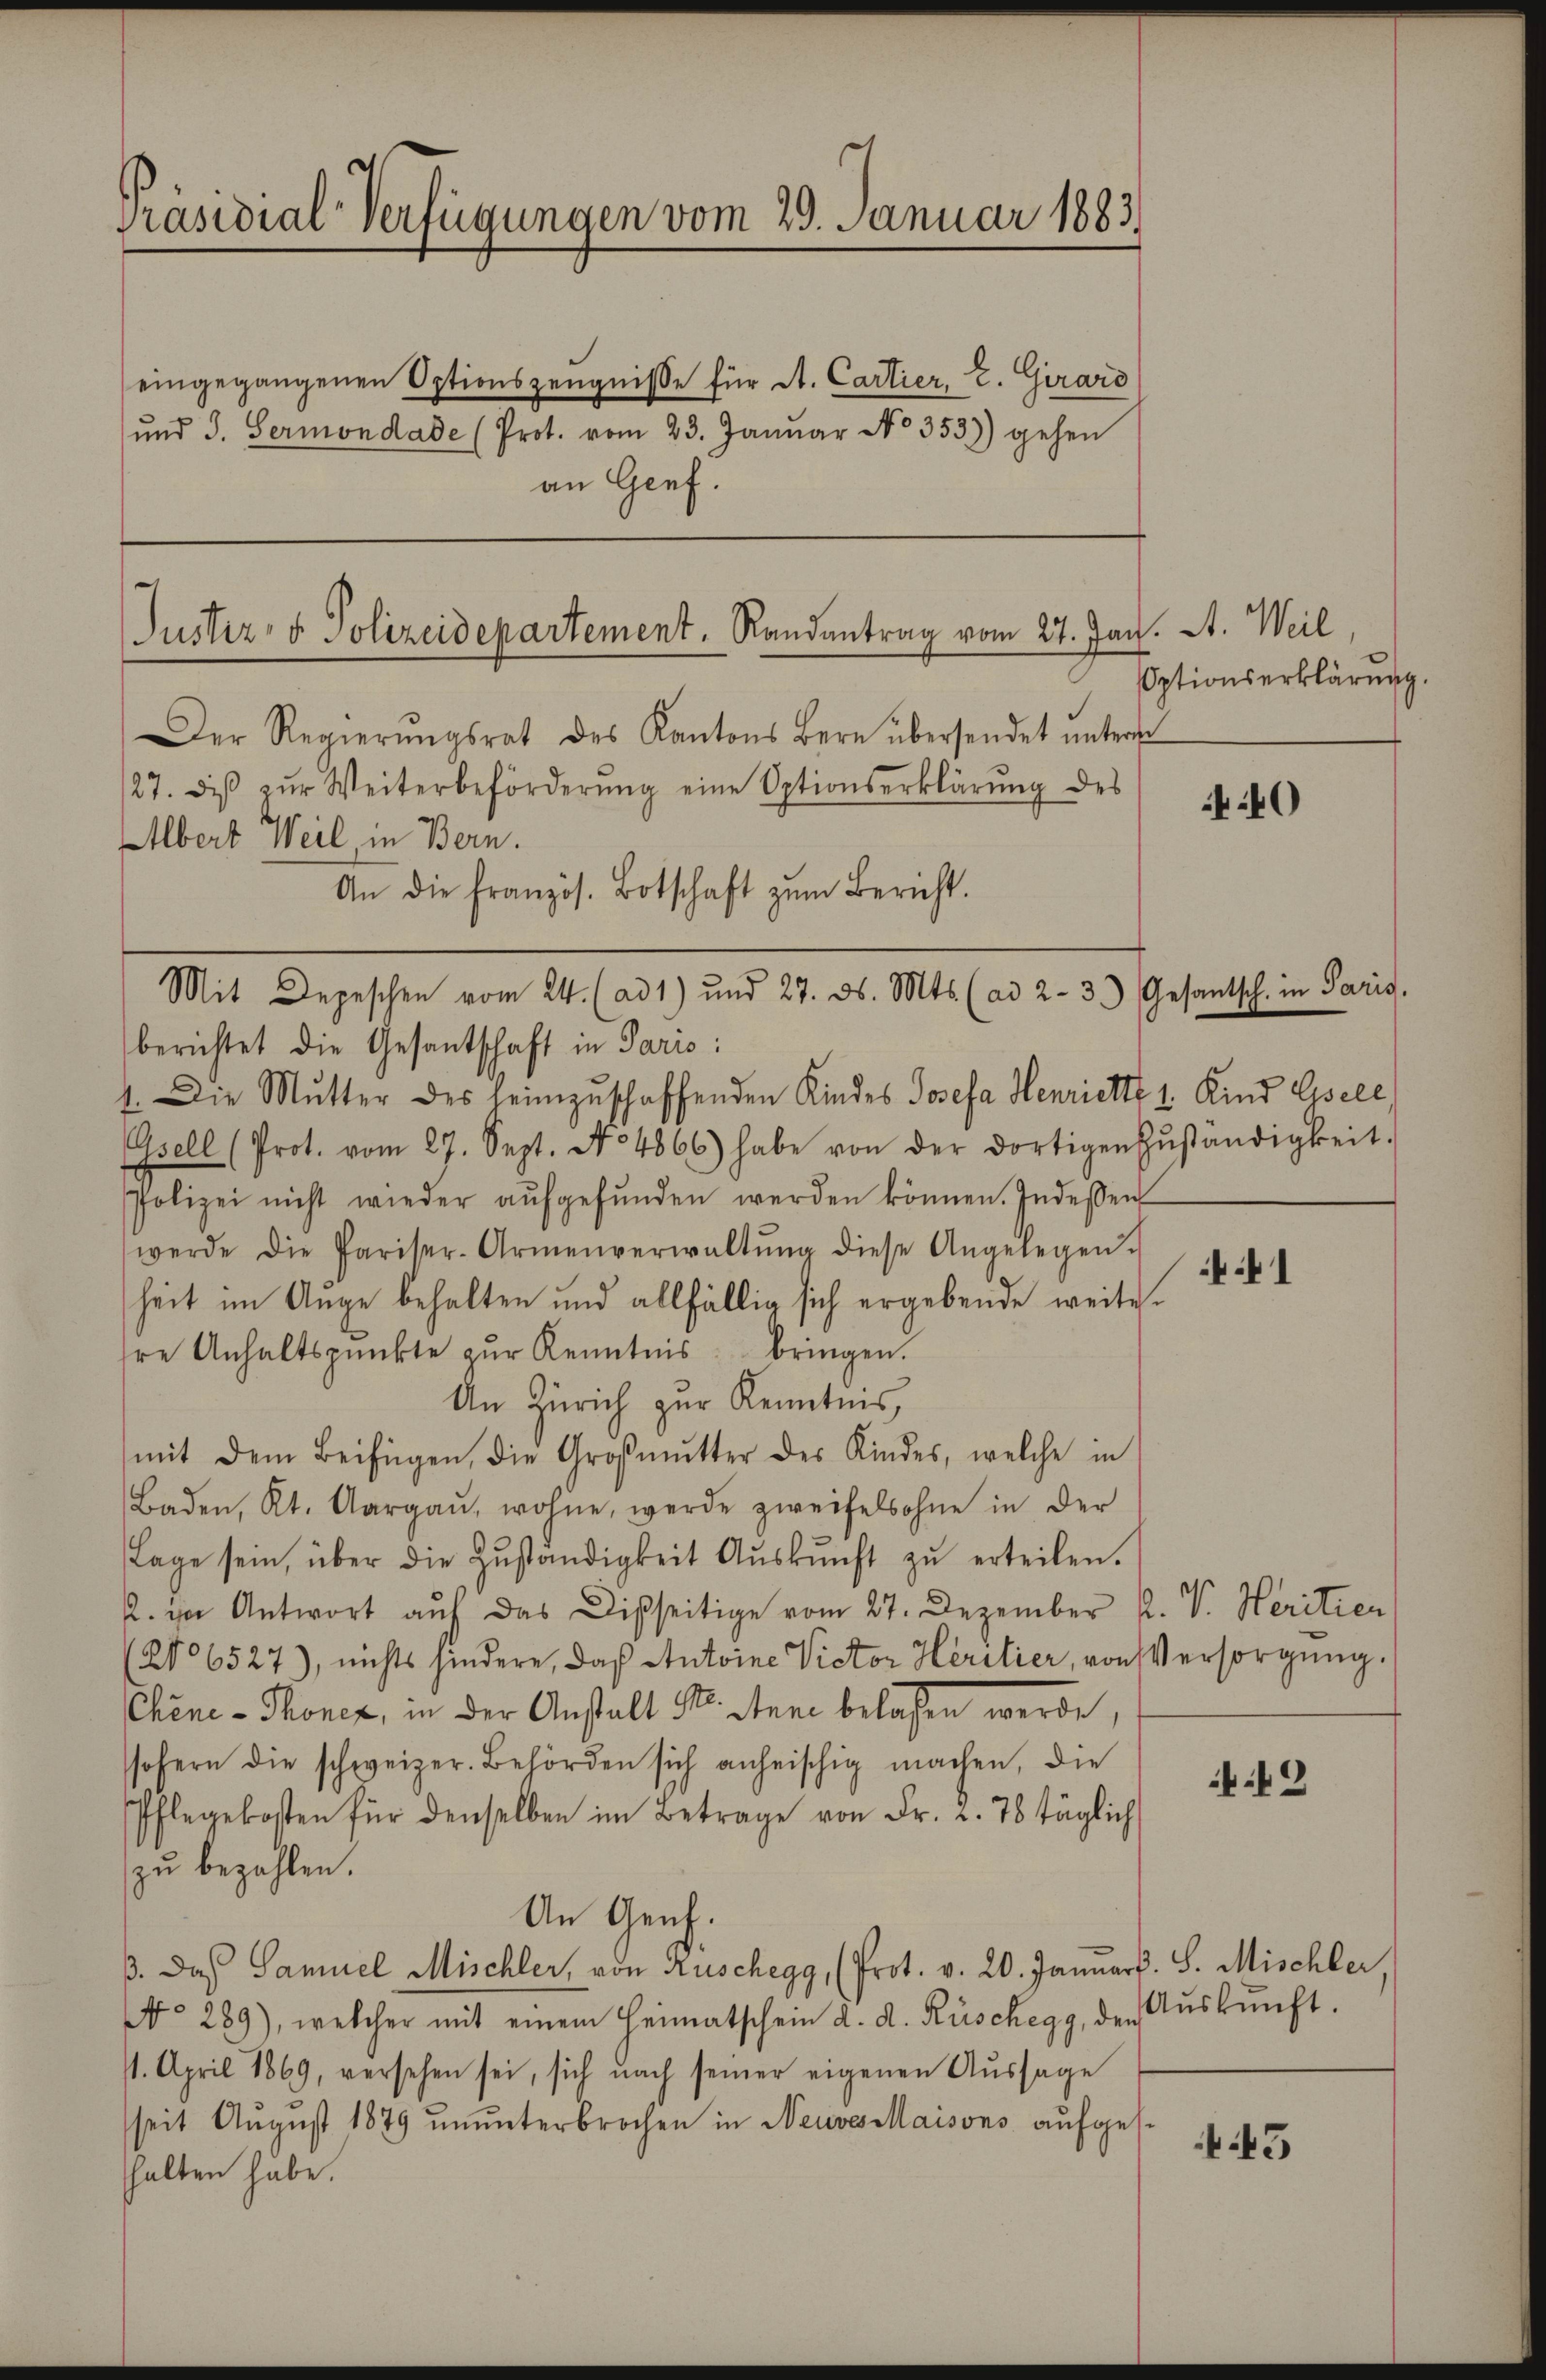
Präsidial-Verfügungen vom 20. Januar 1883

Justiz- & Polizeidepartement. Randantrag vom 27. Jan. A. Weil

Der Regierŭngsrat des Kantons Bern übersendet ŭnters
/27. diβ zŭr Weiterbeförderŭng eine Optionserklärŭng des
Albert Weil, in Bern.
berichtet die Gesantschaft in Paris:
1. Die Mutter des heimzuschaffenden Kindes Josefa Henriette 1. Kind Gsele
Gsell (Prot. vom 27. Sept. No 4866) habe von der dortigen Zŭständigkeit.
Polizei nicht wieder aŭfgefŭnden werden können. Indessen
werde die Pariser-Armenverwaltŭng diese Angelegen.
heit im Auge behalten und allfällig sich ergebende weite
hre Anhaltspunkte zŭr Kenntnis bringen.
An Zürich zur Kenntnis,
mit dem Beifügen, die Großmutter des Kindes, welche in
Baden, Kt. Aargaŭ, wohne, werde zweifelsohne in der
Lage sein, über die Zŭständigkeit Aŭskŭnft zŭ erteilen.
2. in Antwort aŭf das Disseitige vom 27. Dezember P. V. Heritier
(No 6527), nichts hindere, daß Antoine Victor Heritier, von Versorgung.
Chene - Thonen, in der Anstalt St. Anne belassen werde,
sofern die schweizer. Behörden sich anheischig machen, die
Pflegekosten für denselben im Betrage von Fr. 2. 78 täglich
zu bezahlen.
An Genf.
ß. Das Samuel Mischler, von Auschegg, (Prot. v. 20. Januars. S. Mischler
No 289), welcher mit einem Heimatschein d. d. Rüschegg, den Aŭskŭnft.
/1. April 1869, versehen sei, sich nach seiner eigenen Aŭssage
seit August 1879 ununterbrochen in Neuves Maisons aufgeshalten habe.

An die französ. Botschaft zŭm Bericht.

eingegangenen Optionszeugnisse für St. Cartier, E. Girard
ŭnd 3. Sermondade (Prot. vom 23. Janŭar No. 353) gehen
an Genf.

Mit Depeschen vom 24. (ad 1) und 27. ds. Mts. (ad 2. 3.) Gesantsch. in Paris.

Optionserklärung.

40

1

43

45